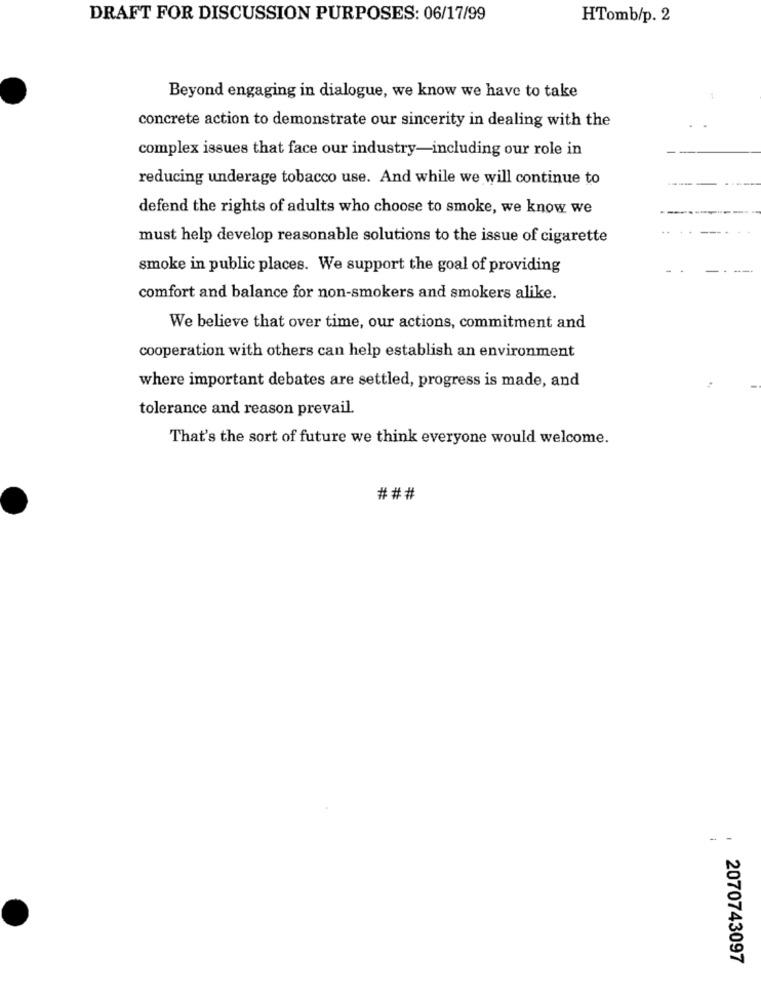
DRAFT FOR DISCUSSION PURPOSES: 06/17/99
HTomb/p. 2
Beyond engaging in dialogue, we know we have to take
1
concrete action to demonstrate our sincerity in dealing with the
complex issues that face our industry-including our role in
reducing underage tobacco use. And while we will continue to
defend the rights of adults who choose to smoke, we know we
must help develop reasonable solutions to the issue of cigarette
smoke in public places. We support the goal of providing
comfort and balance for non-smokers and smokers alike.
We believe that over time, our actions, commitment and
cooperation with others can help establish an environment
where important debates are settled, progress is made, and
tolerance and reason prevail.
That's the sort of future we think everyone would welcome.
###
-
2070743097